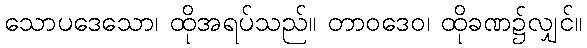
သောပဒေသော၊ ထိုအရပ်သည်။ တာဝဒေဝ၊ ထိုခဏ၌လျှင်။